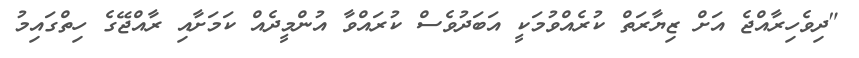
"ދިވެހިރާއްޖެ އަށް ޒިޔާރަތް ކުރެއްވުމަކީ އަބަދުވެސް ކުރައްވާ އުންމީދެއް ކަމަށާއި ރާއްޖޭގެ ހިތްގައިމު